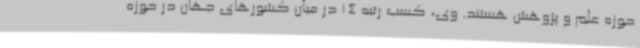
حوزه علم و پژوهش هستند. وی، کسب رتبه 14 در میان کشورهای جهان در حوزه